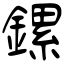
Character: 鏍